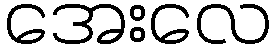
အေးလေ